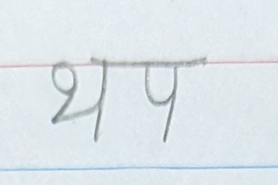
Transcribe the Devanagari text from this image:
थप